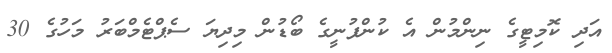
އަދި ކޮމިޓީގެ ނިންމުން އެ ކުންފުނީގެ ބޯޑުން މިދިޔަ ސެޕްޓެމްބަރު މަހުގެ 30